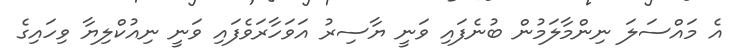
އެ މައްސަލަ ނިންމާލަމުން ބުނެފައި ވަނީ ޔާސިރު އަވަހާރަވެފައި ވަނީ ނިއުކްލިޔާ ވިހައިގެ